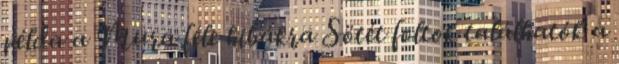
példa a Mura féle hibákra Sötét foltok találhatók a